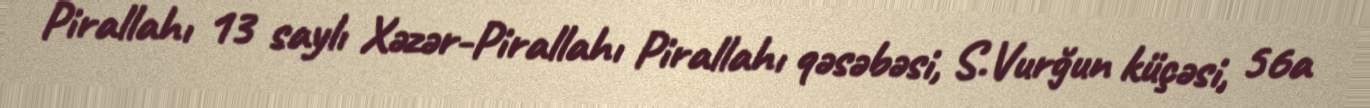
Pirallahı 13 saylı Xəzər-Pirallahı Pirallahı qəsəbəsi, S.Vurğun küçəsi, 56a